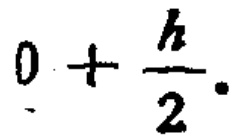
$0+\frac{h}{2}.$